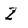
Character: Z